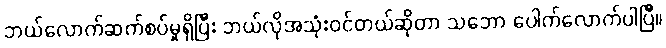
ဘယ်လောက်ဆက်စပ်မှုရှိပြီး ဘယ်လိုအသုံးဝင်တယ်ဆိုတာ သဘော ပေါက်လောက်ပါပြီ။